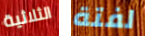
الثلاثية لفتة